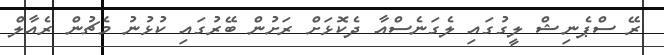
ރޭ ސްޕެނިޝް ލީގުގައި ލެގަނެސްއާ ދެކޮޅަށް ރަށުން ބޭރުގައި ކުޅުނު މެޗުން ރެއާލް